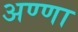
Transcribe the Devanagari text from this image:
अण्‍णा